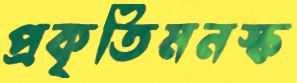
প্রকৃতিমনস্ক